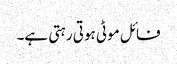
فائل موٹی ہوتی رہتی ہے۔